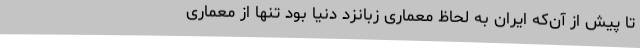
تا پیش از آن‌که ایران به لحاظ معماری زبانزد دنیا بود تنها از معماری